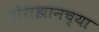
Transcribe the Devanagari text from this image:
मोराझानच्या